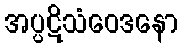
အပ္ပဋိသံဝေဒနော